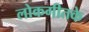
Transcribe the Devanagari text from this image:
लोकगीतके